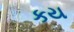
કય